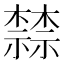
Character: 𬄷